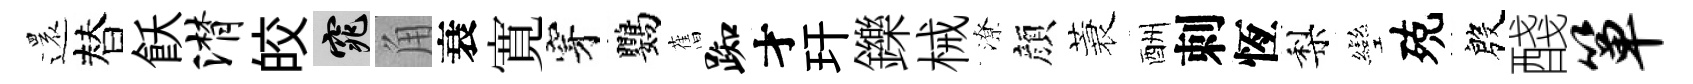
還替飫潸皎窕角衰寛穿鸚𦾔踟才玕鑠械潦顔蓑酬刺恆梨彎殑殷醆箪